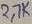
Text: 2.7K